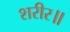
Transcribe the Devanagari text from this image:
शरीर॥